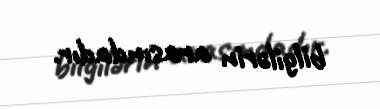
bilgilərin arasındadır.